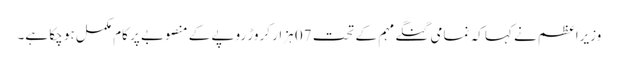
وزیراعظم نے کہا کہ نمامی گنگے مہم کے تحت 07 ہزار کروڑ روپے کے منصوبے پر کام مکمل ہو چکا ہے۔